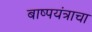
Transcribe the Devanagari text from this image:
बाष्पयंत्राचा